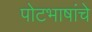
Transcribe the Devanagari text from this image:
पोटभाषांचे